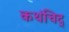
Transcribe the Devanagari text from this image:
कथंचिद्